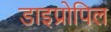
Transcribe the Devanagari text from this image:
डाइप्रोपिल